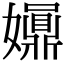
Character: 𡤀